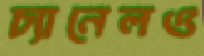
চ্যানেলও